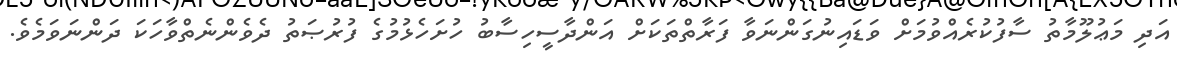
އަދި މަޢުލޫމާތު ސާފުކުރެއްވުމަށް ވަޑައިނުގަންނަވާ ފަރާތްތަކަށް އަންދާސީހިސާބު ހުށަހެޅުމުގެ ފުރުޞަތު ދެވެންނެތްވާހަކަ ދަންނަވަމެވެ.